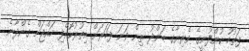
ފަތުހު ކުންފުނީގެ ވެރިޔާގެ ބަންދު ތިން ވަނަ ފަހަރަށް އިތުރުކޮށްފި ހައްޖަށް ގެންދާނެ